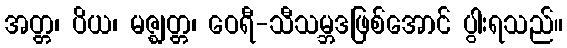
အတ္တ၊ ပိယ၊ မဇ္ဈတ္တ၊ ဝေရီ-သီသမ္ဘဒဖြစ်အောင် ပွါးရသည်။